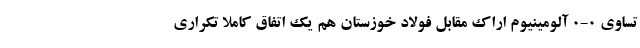
تساوی 0-0 آلومینیوم اراک مقابل فولاد خوزستان هم یک اتفاق کاملاً تکراری